65_HS1-834228961_62-HQ-83894_Section_7
Agency: FBI
Page 135
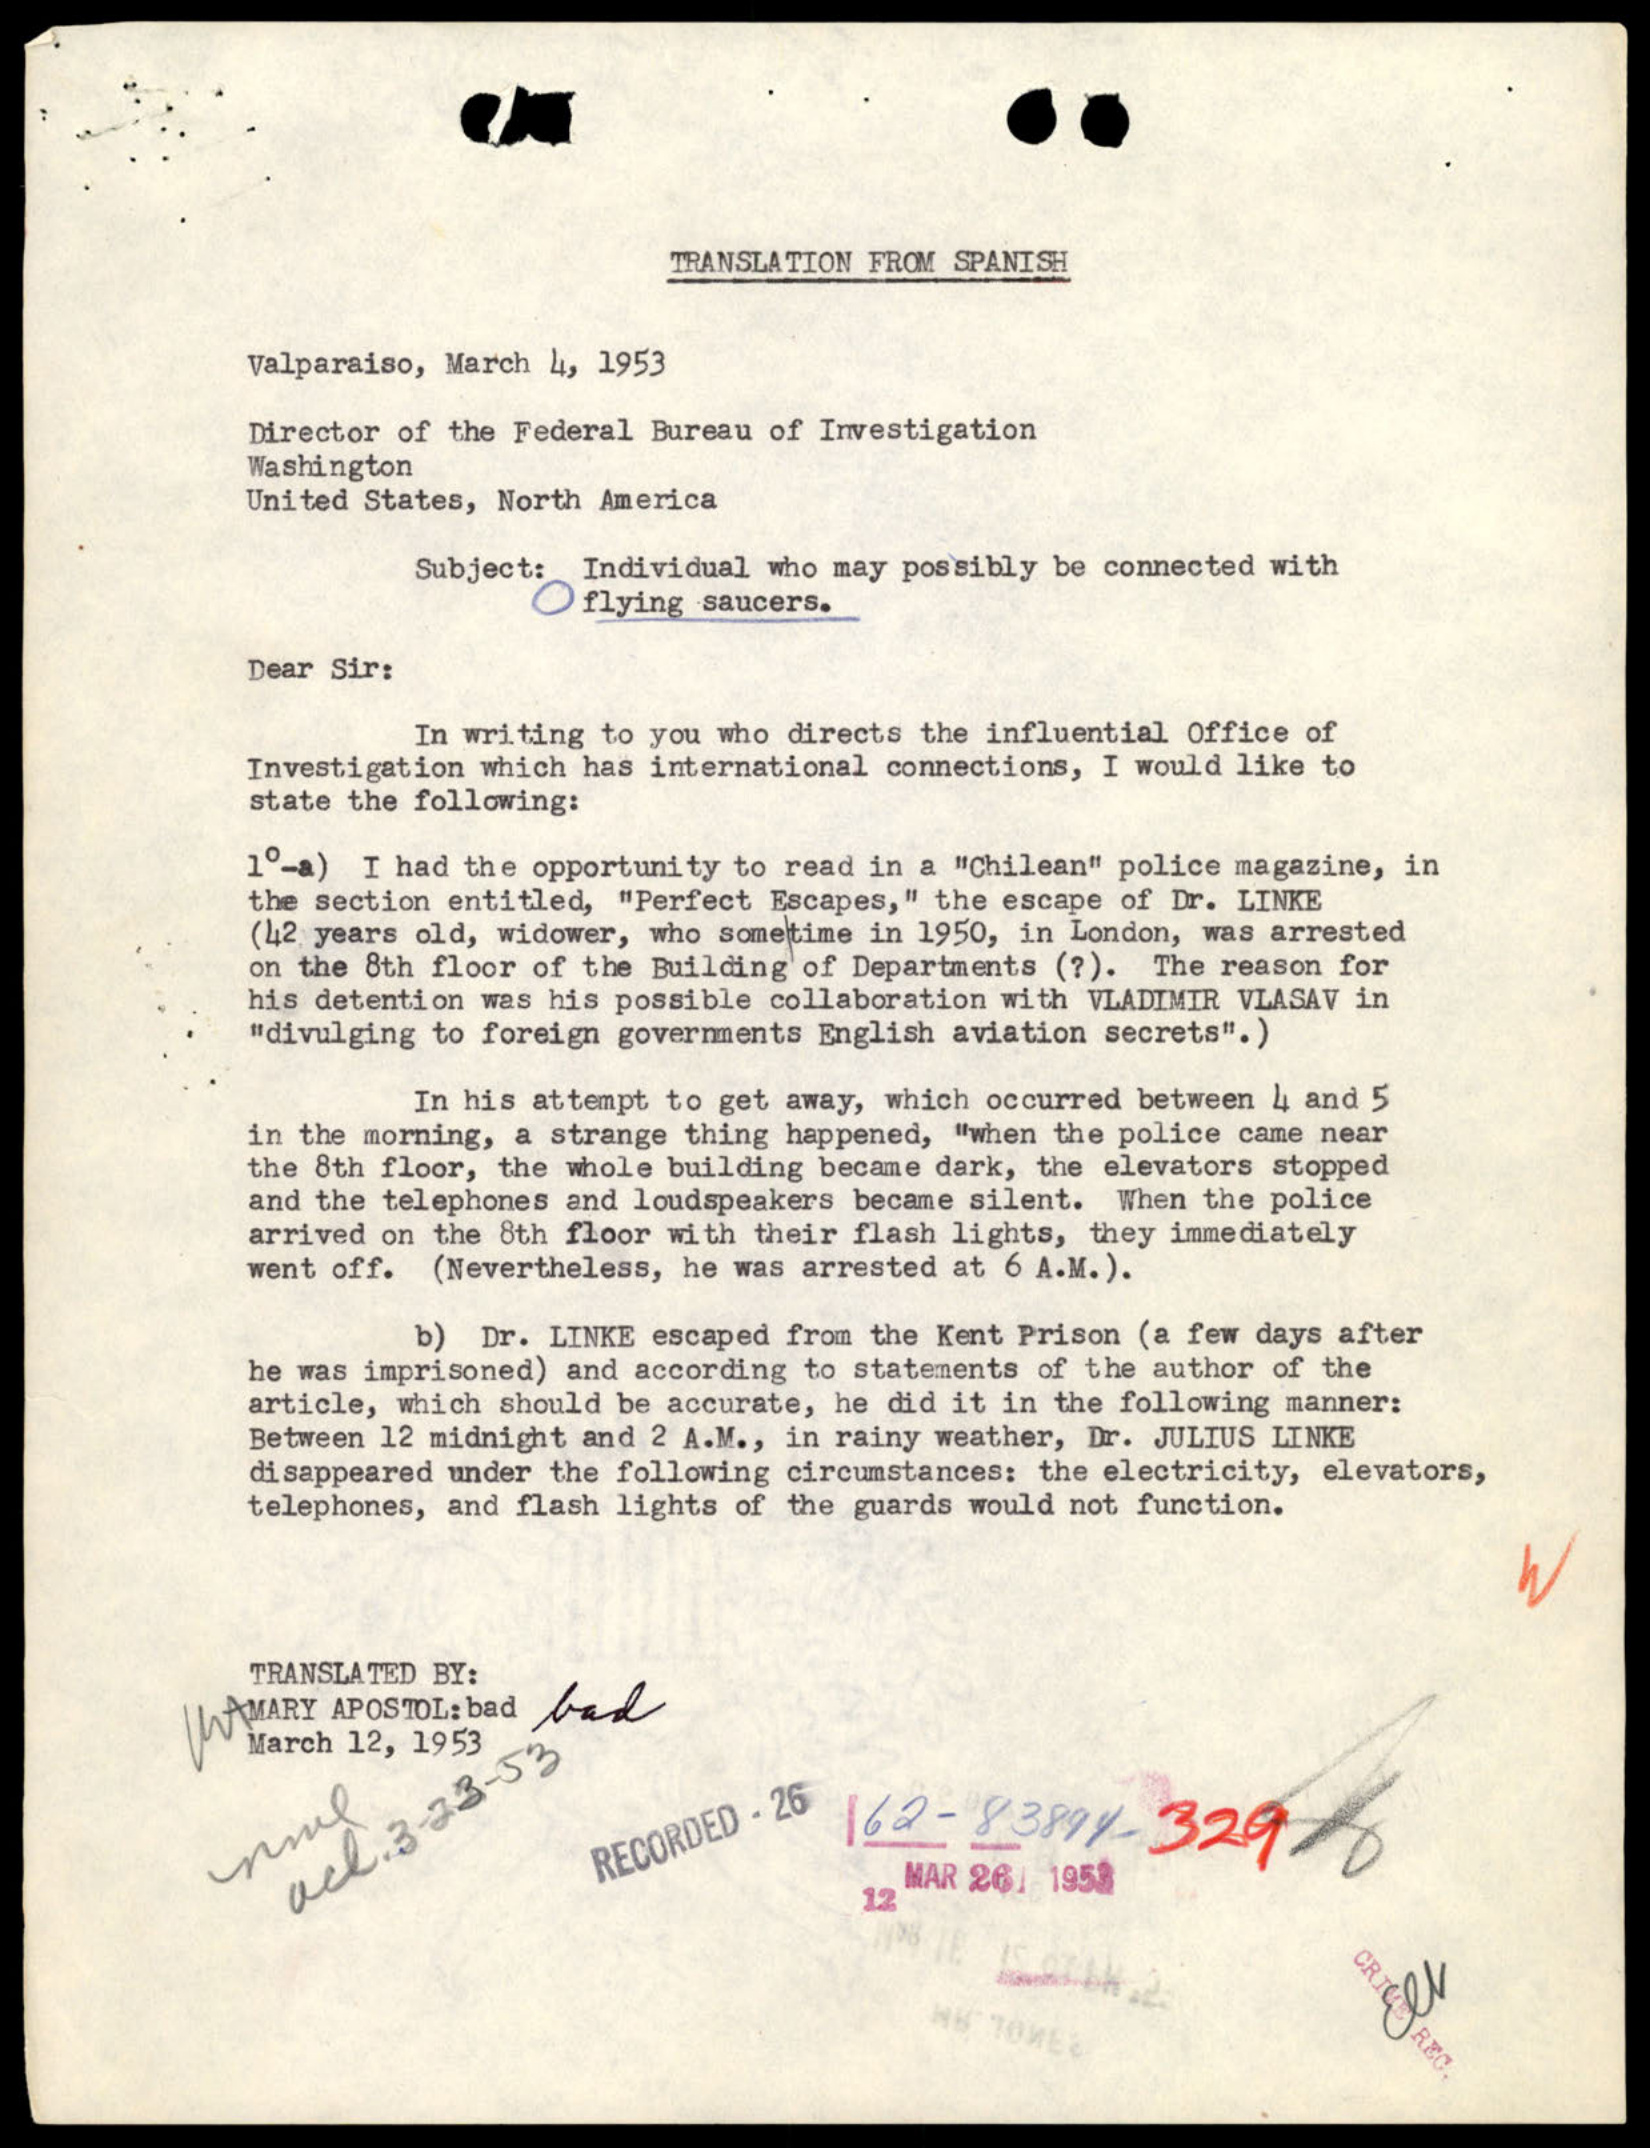